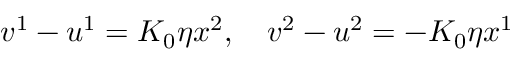
\begin{array} { r } { v ^ { 1 } - u ^ { 1 } = K _ { 0 } \eta x ^ { 2 } , \quad v ^ { 2 } - u ^ { 2 } = - K _ { 0 } \eta x ^ { 1 } } \end{array}